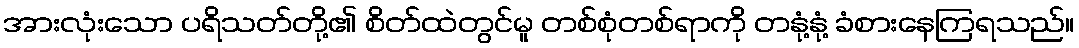
အားလုံးသော ပရိသတ်တို့၏ စိတ်ထဲတွင်မူ တစ်စုံတစ်ရာကို တနုံ့နုံ့ ခံစားနေကြရသည်။